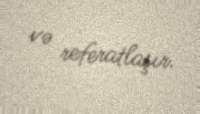
və referatlaşır.